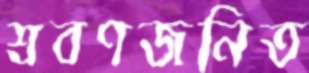
শ্রবণজনিত